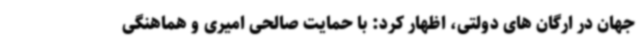
جهان در ارگان های دولتی، اظهار کرد: با حمایت صالحی امیری و هماهنگی